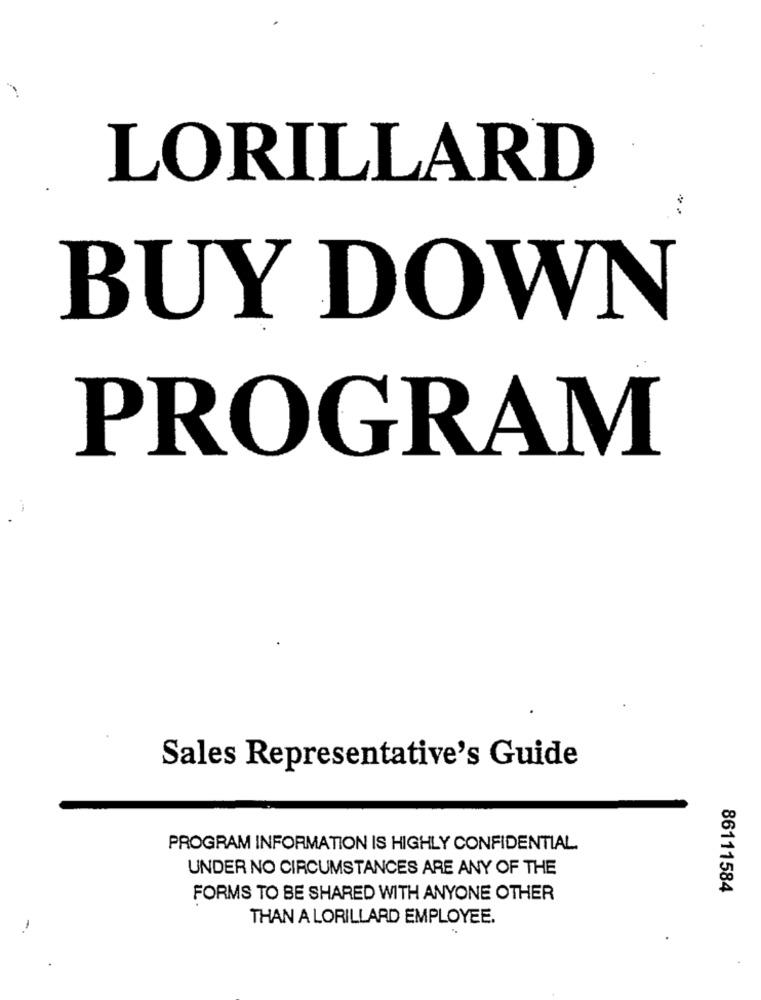
LORILLARD
BUY DOWN
PROGRAM
Sales Representative's Guide
PROGRAM INFORMATION IS HIGHLY CONFIDENTIAL.
UNDER NO CIRCUMSTANCES ARE ANY OF THE
86111584
FORMS TO BE SHARED WITH ANYONE OTHER
THAN A LORILLARD EMPLOYEE.
-